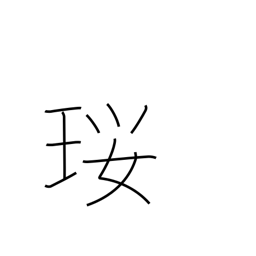
Meaning: a necklace made of precious stones